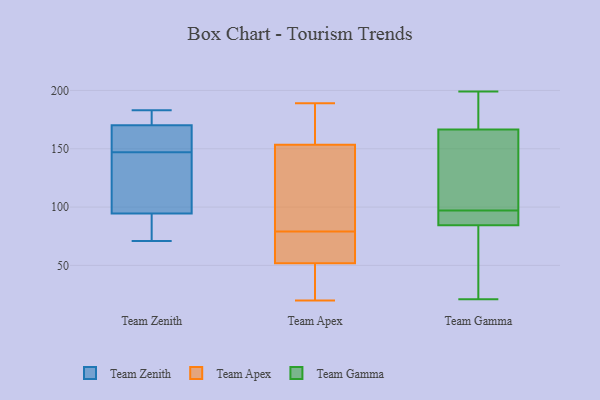
{"axis": {"x": "Market Share (%)", "y": "Value"}, "legend": ["Team Apex", "Team Gamma", "Team Zenith"], "data": [{"x": "", "y": 149, "type": "Team Zenith"}, {"x": "", "y": 92, "type": "Team Zenith"}, {"x": "", "y": 71, "type": "Team Zenith"}, {"x": "", "y": 183, "type": "Team Zenith"}, {"x": "", "y": 102, "type": "Team Zenith"}, {"x": "", "y": 176, "type": "Team Zenith"}, {"x": "", "y": 153, "type": "Team Zenith"}, {"x": "", "y": 147, "type": "Team Zenith"}, {"x": "", "y": 85, "type": "Team Zenith"}, {"x": "", "y": 108, "type": "Team Zenith"}, {"x": "", "y": 182, "type": "Team Zenith"}, {"x": "", "y": 72, "type": "Team Apex"}, {"x": "", "y": 146, "type": "Team Apex"}, {"x": "", "y": 115, "type": "Team Apex"}, {"x": "", "y": 51, "type": "Team Apex"}, {"x": "", "y": 67, "type": "Team Apex"}, {"x": "", "y": 176, "type": "Team Apex"}, {"x": "", "y": 20, "type": "Team Apex"}, {"x": "", "y": 176, "type": "Team Apex"}, {"x": "", "y": 25, "type": "Team Apex"}, {"x": "", "y": 181, "type": "Team Apex"}, {"x": "", "y": 52, "type": "Team Apex"}, {"x": "", "y": 44, "type": "Team Apex"}, {"x": "", "y": 189, "type": "Team Apex"}, {"x": "", "y": 144, "type": "Team Apex"}, {"x": "", "y": 96, "type": "Team Apex"}, {"x": "", "y": 79, "type": "Team Apex"}, {"x": "", "y": 65, "type": "Team Apex"}, {"x": "", "y": 21, "type": "Team Gamma"}, {"x": "", "y": 110, "type": "Team Gamma"}, {"x": "", "y": 85, "type": "Team Gamma"}, {"x": "", "y": 171, "type": "Team Gamma"}, {"x": "", "y": 165, "type": "Team Gamma"}, {"x": "", "y": 91, "type": "Team Gamma"}, {"x": "", "y": 110, "type": "Team Gamma"}, {"x": "", "y": 53, "type": "Team Gamma"}, {"x": "", "y": 91, "type": "Team Gamma"}, {"x": "", "y": 172, "type": "Team Gamma"}, {"x": "", "y": 91, "type": "Team Gamma"}, {"x": "", "y": 97, "type": "Team Gamma"}, {"x": "", "y": 83, "type": "Team Gamma"}, {"x": "", "y": 78, "type": "Team Gamma"}, {"x": "", "y": 199, "type": "Team Gamma"}, {"x": "", "y": 147, "type": "Team Gamma"}, {"x": "", "y": 175, "type": "Team Gamma"}]}